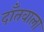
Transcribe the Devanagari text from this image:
दाँतवाला